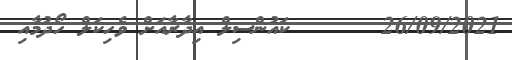
26/09/2021      ކައުންސިލް އިދާރާއަށް ވެހިކަލް ހޯދުމާއި